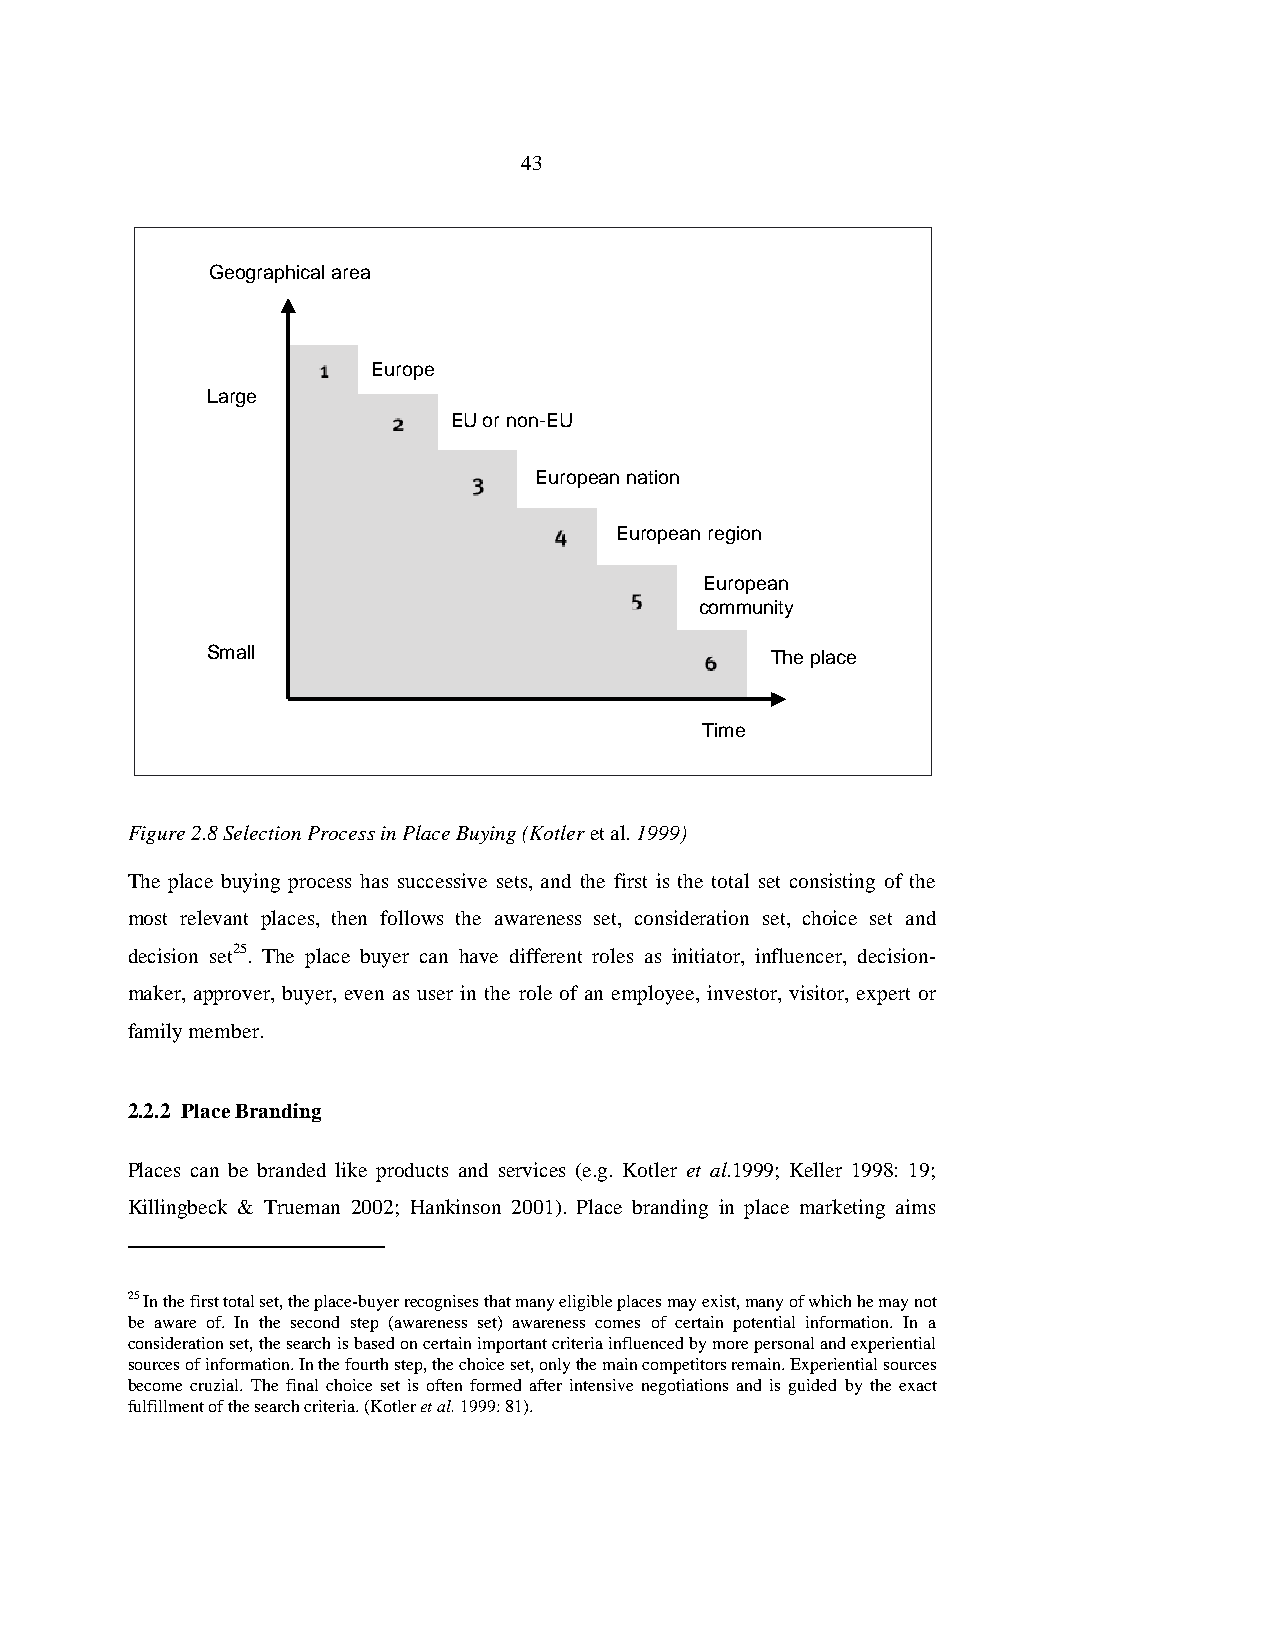
43
 Geographical area
 Europe
 Large
 EU or non-EU
 European nation
 European region
 European
 community
 Small                                The place
 Time
 Figure 2.8 Selection Process in Place Buying (Kotler et al. 1999)
 The place buying process has successive sets, and the first is the total set consisting of the
 most relevant places, then follows the awareness set, consideration set, choice set and
 decision set25. The place buyer can have different roles as initiator, influencer, decision-
 maker, approver, buyer, even as user in the role of an employee, investor, visitor, expert or
 family member.
 2.2.2 Place Branding
 Places can be branded like products and services (e.g. Kotler et al.1999; Keller 1998: 19;
 Killingbeck & Trueman 2002; Hankinson 2001). Place branding in place marketing aims
 25 In the first total set, the place-buyer recognises that many eligible places may exist, many of which he may not
 be aware of. In the second step (awareness set) awareness comes of certain potential information. In a
 consideration set, the search is based on certain important criteria influenced by more personal and experiential
 sources of information. In the fourth step, the choice set, only the main competitors remain. Experiential sources
 become cruzial. The final choice set is often formed after intensive negotiations and is guided by the exact
 fulfillment of the search criteria. (Kotler et al. 1999: 81).